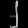
Digit: ၂